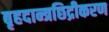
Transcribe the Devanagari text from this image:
बृहदान्त्रछिद्रीकरण